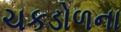
ચકડોળના